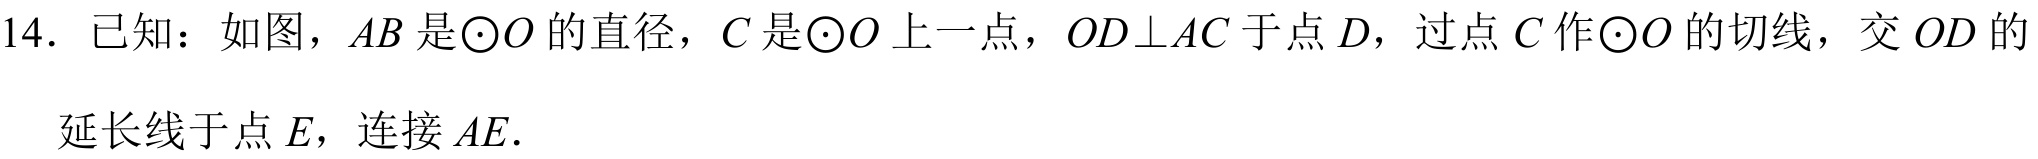
14. 已知：如图，\(AB\)是\(\odot O\)的直径，\(C\)是\(\odot O\)上一点，\(OD\perp AC\)于点\(D\)，过点\(C\)作\(\odot O\)的切线，交\(OD\)的延长线于点\(E\)，连接\(AE\).